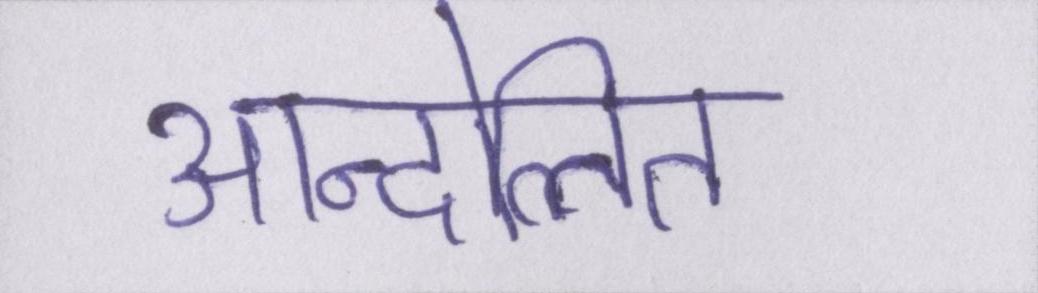
आन्दोलित